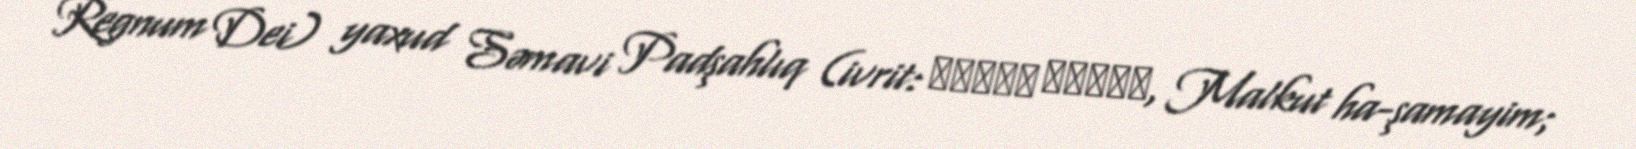
Regnum Dei) yaxud Səmavi Padşahlıq (ivrit: מלכות השמים, Malkut ha-şamayim;